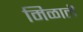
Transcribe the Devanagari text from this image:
मिळालॆ